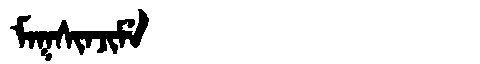
Manchu: ᠮᠠᡴᠰᡳᠨᠵᡳᠮᡝ
Romanization: MAKSINJIME